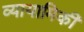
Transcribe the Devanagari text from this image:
व्यायामिकी